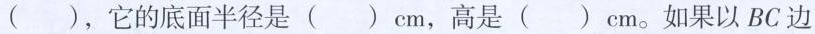
()，它的底面半径是()cm，高是()cm。如果以BC边